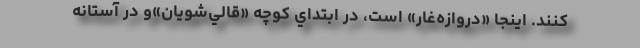
كنند. اينجا «دروازه‌غار» است، در ابتداي كوچه «قالي‌شويان»و در آستانه